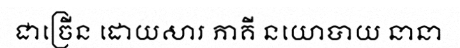
ជាច្រើន ដោយសារ ភាគី នយោបាយ នានា